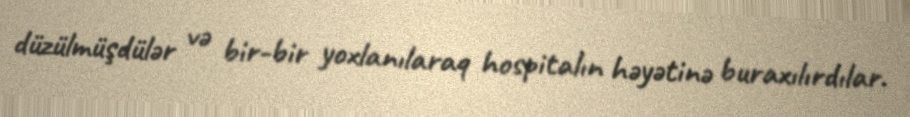
düzülmüşdülər və bir-bir yoxlanılaraq hospitalın həyətinə buraxılırdılar.